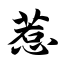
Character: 惹